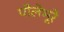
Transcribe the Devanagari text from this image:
पीलेभूरे